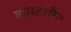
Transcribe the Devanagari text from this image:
कास्टरमैन